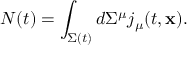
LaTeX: N ( t ) = \int _ { \Sigma ( t ) } d \Sigma ^ { \mu } j _ { \mu } ( t , { \bf x } ) .